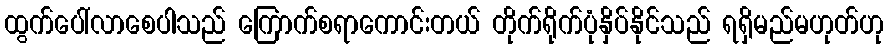
ထွက်ပေါ်လာစေပါသည် ကြောက်စရာကောင်းတယ် တိုက်ရိုက်ပုံနှိပ်နိုင်သည် ရရှိမည်မဟုတ်ဟု